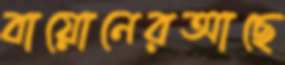
বায়োনেরআছে